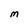
Character: M